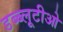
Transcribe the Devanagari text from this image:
डब्ब्लूटीओ